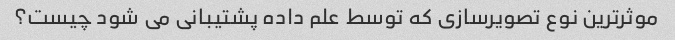
موثرترین نوع تصویرسازی که توسط علم داده پشتیبانی می شود چیست؟